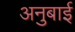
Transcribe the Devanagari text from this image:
अनुबाई